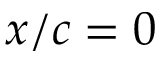
x / c = 0